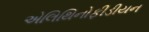
એલિથિનોફીડીયન